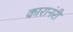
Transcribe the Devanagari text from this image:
कारानंरी